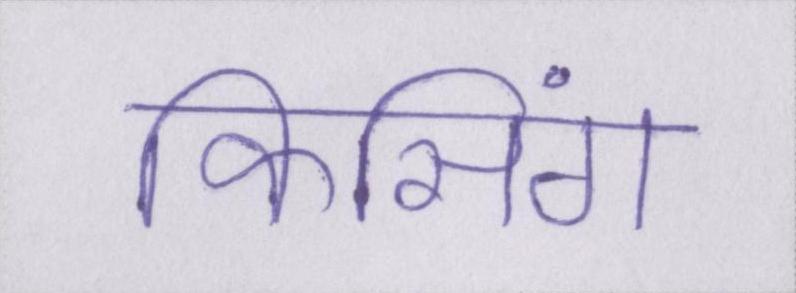
किसिंग